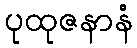
ပုထုဇနာနံ